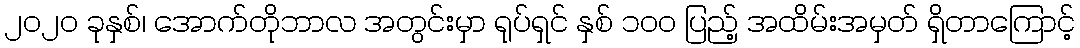
၂၀၂၀ ခုနှစ်၊ အောက်တိုဘာလ အတွင်းမှာ ရုပ်ရှင် နှစ် ၁၀၀ ပြည့် အထိမ်းအမှတ် ရှိတာကြောင့်